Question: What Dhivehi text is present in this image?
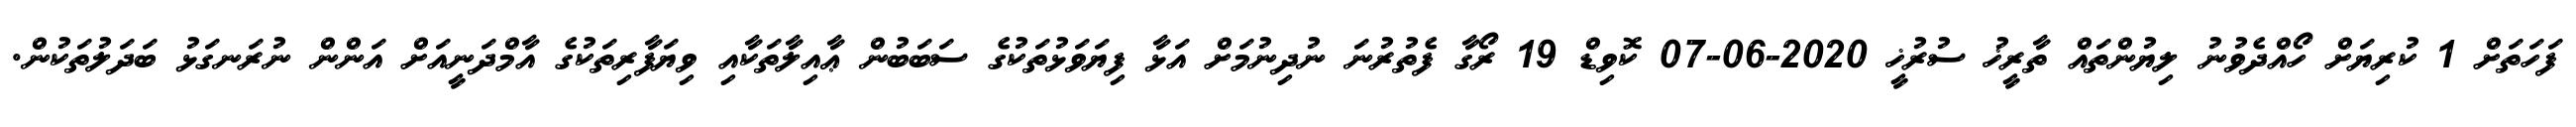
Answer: ފަހަތަށް 1 ކުރިޔަށް ހޯއްދެވުނު ލިޔުންތައް ތާރީޚު ސުރުޚީ 2020-06-07 ކޮވިޑް 19 ރޯގާ ފެތުރުނަ ނުދިނުމަށް އަޅާ ފިޔަވަޅުތަކުގެ ސަބަބުން ޢާއިލާތަކާއި ވިޔަފާރިތަކުގެ އާމްދަނީއަށް އަންން ނުރަނގަޅު ބަދަލުތަކުން.